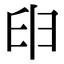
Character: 𦥔